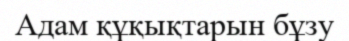
Адам құқықтарын бұзу